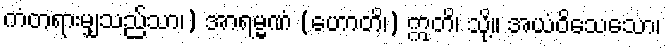
ကံတရားမျှသည်သာ၊) အာရမ္မဏံ (ဟောတိ၊) ဣတိ၊ သို့။ အယံဝိသေသော၊